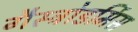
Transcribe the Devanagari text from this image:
गैस्ट्रोडर्मिस